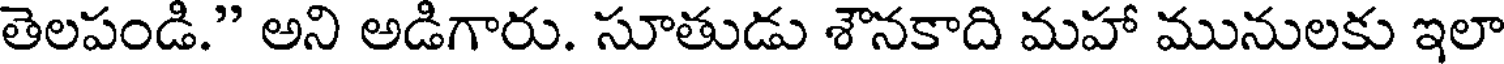
తెలపండి." అని అడిగారు. సూతుడు శౌనకాది మహా మునులకు ఇలా